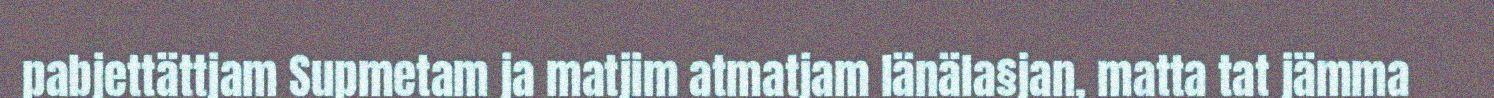
pabjettättjam Supmetam ja matjim atmatjam länäla§jan, matta tat jämma